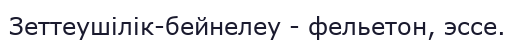
Зеттеушілік-бейнелеу - фельетон, эссе.